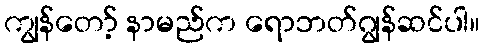
ကျွန်တော့် နာမည်က ရောဘတ်ဂျွန်ဆင်ပါ။